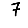
Digit: 7